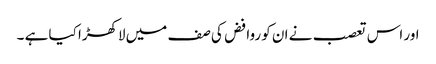
اور اس تعصب نے ان کو روافض کی صف میں لاکھڑا کیا ہے ۔